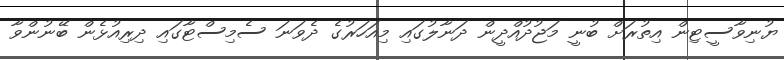
ޔުނިވާސީޓިން އިތުރަށް ބުނީ މަޖުދުއްދީން ދަނާލުގައި މިއަހަރުގެ ދެވަނަ ސެމިސްޓާގައި ދިރިއުޅެން ބޭނުންވާ